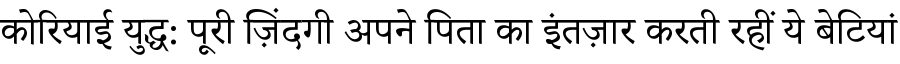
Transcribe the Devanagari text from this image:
कोरियाई युद्ध: पूरी ज़िंदगी अपने पिता का इंतज़ार करती रहीं ये बेटियां